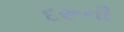
દરૂની